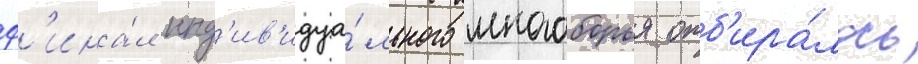
ф'ина́л инд'ив'идуа́льного многоборья отб'ира́лось